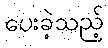
ပေးခဲ့သည့်